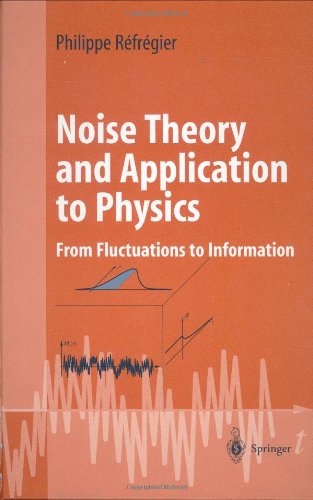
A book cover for Noise Theory and Application to Physics: From Fluctuations to Information (Advanced Texts in Physics); Philippe RÃ©frÃ©gier; Science & Math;